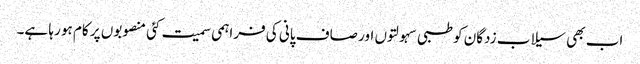
اب بھی سیلاب زدگان کو طبی سہولتوں اور صاف پانی کی فراہمی سمیت کئی منصوبوں پر کام ہو رہا ہے۔